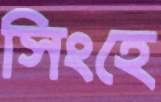
সিংহে